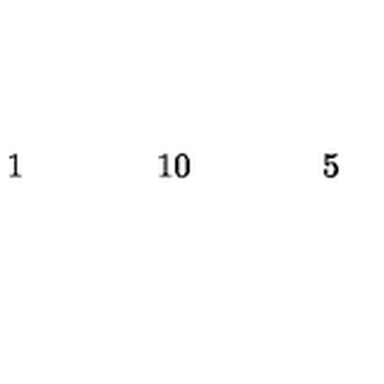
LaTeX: \begin{array} { c c c c c c c c c c c c c c c c c } { } & { } & { } & { 1 } & { } & { } & { } & { 1 0 } & { } & { } & { } & { 5 } & { } & { } & { } & { } \\ \end{array}